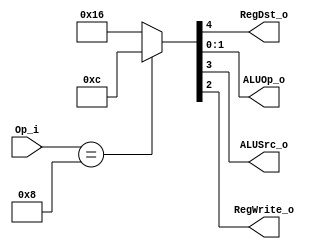
module Control
(
	Op_i,
    RegDst_o,
    ALUOp_o,
    ALUSrc_o,
    RegWrite_o
);

input [5:0] Op_i;
output RegDst_o,ALUSrc_o,RegWrite_o;
output [1:0] ALUOp_o;
reg [4:0] r;

assign RegDst_o=r[4];
assign ALUSrc_o=r[3];
assign RegWrite_o=r[2];
assign ALUOp_o=r[1:0];

always@(Op_i)begin
	case(Op_i)
		6'b001000:r<=5'b01100;//addi
		default:r<=5'b10110;
	endcase
end

endmodule